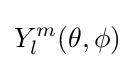
Y_{l}^{m}(\theta ,\phi )